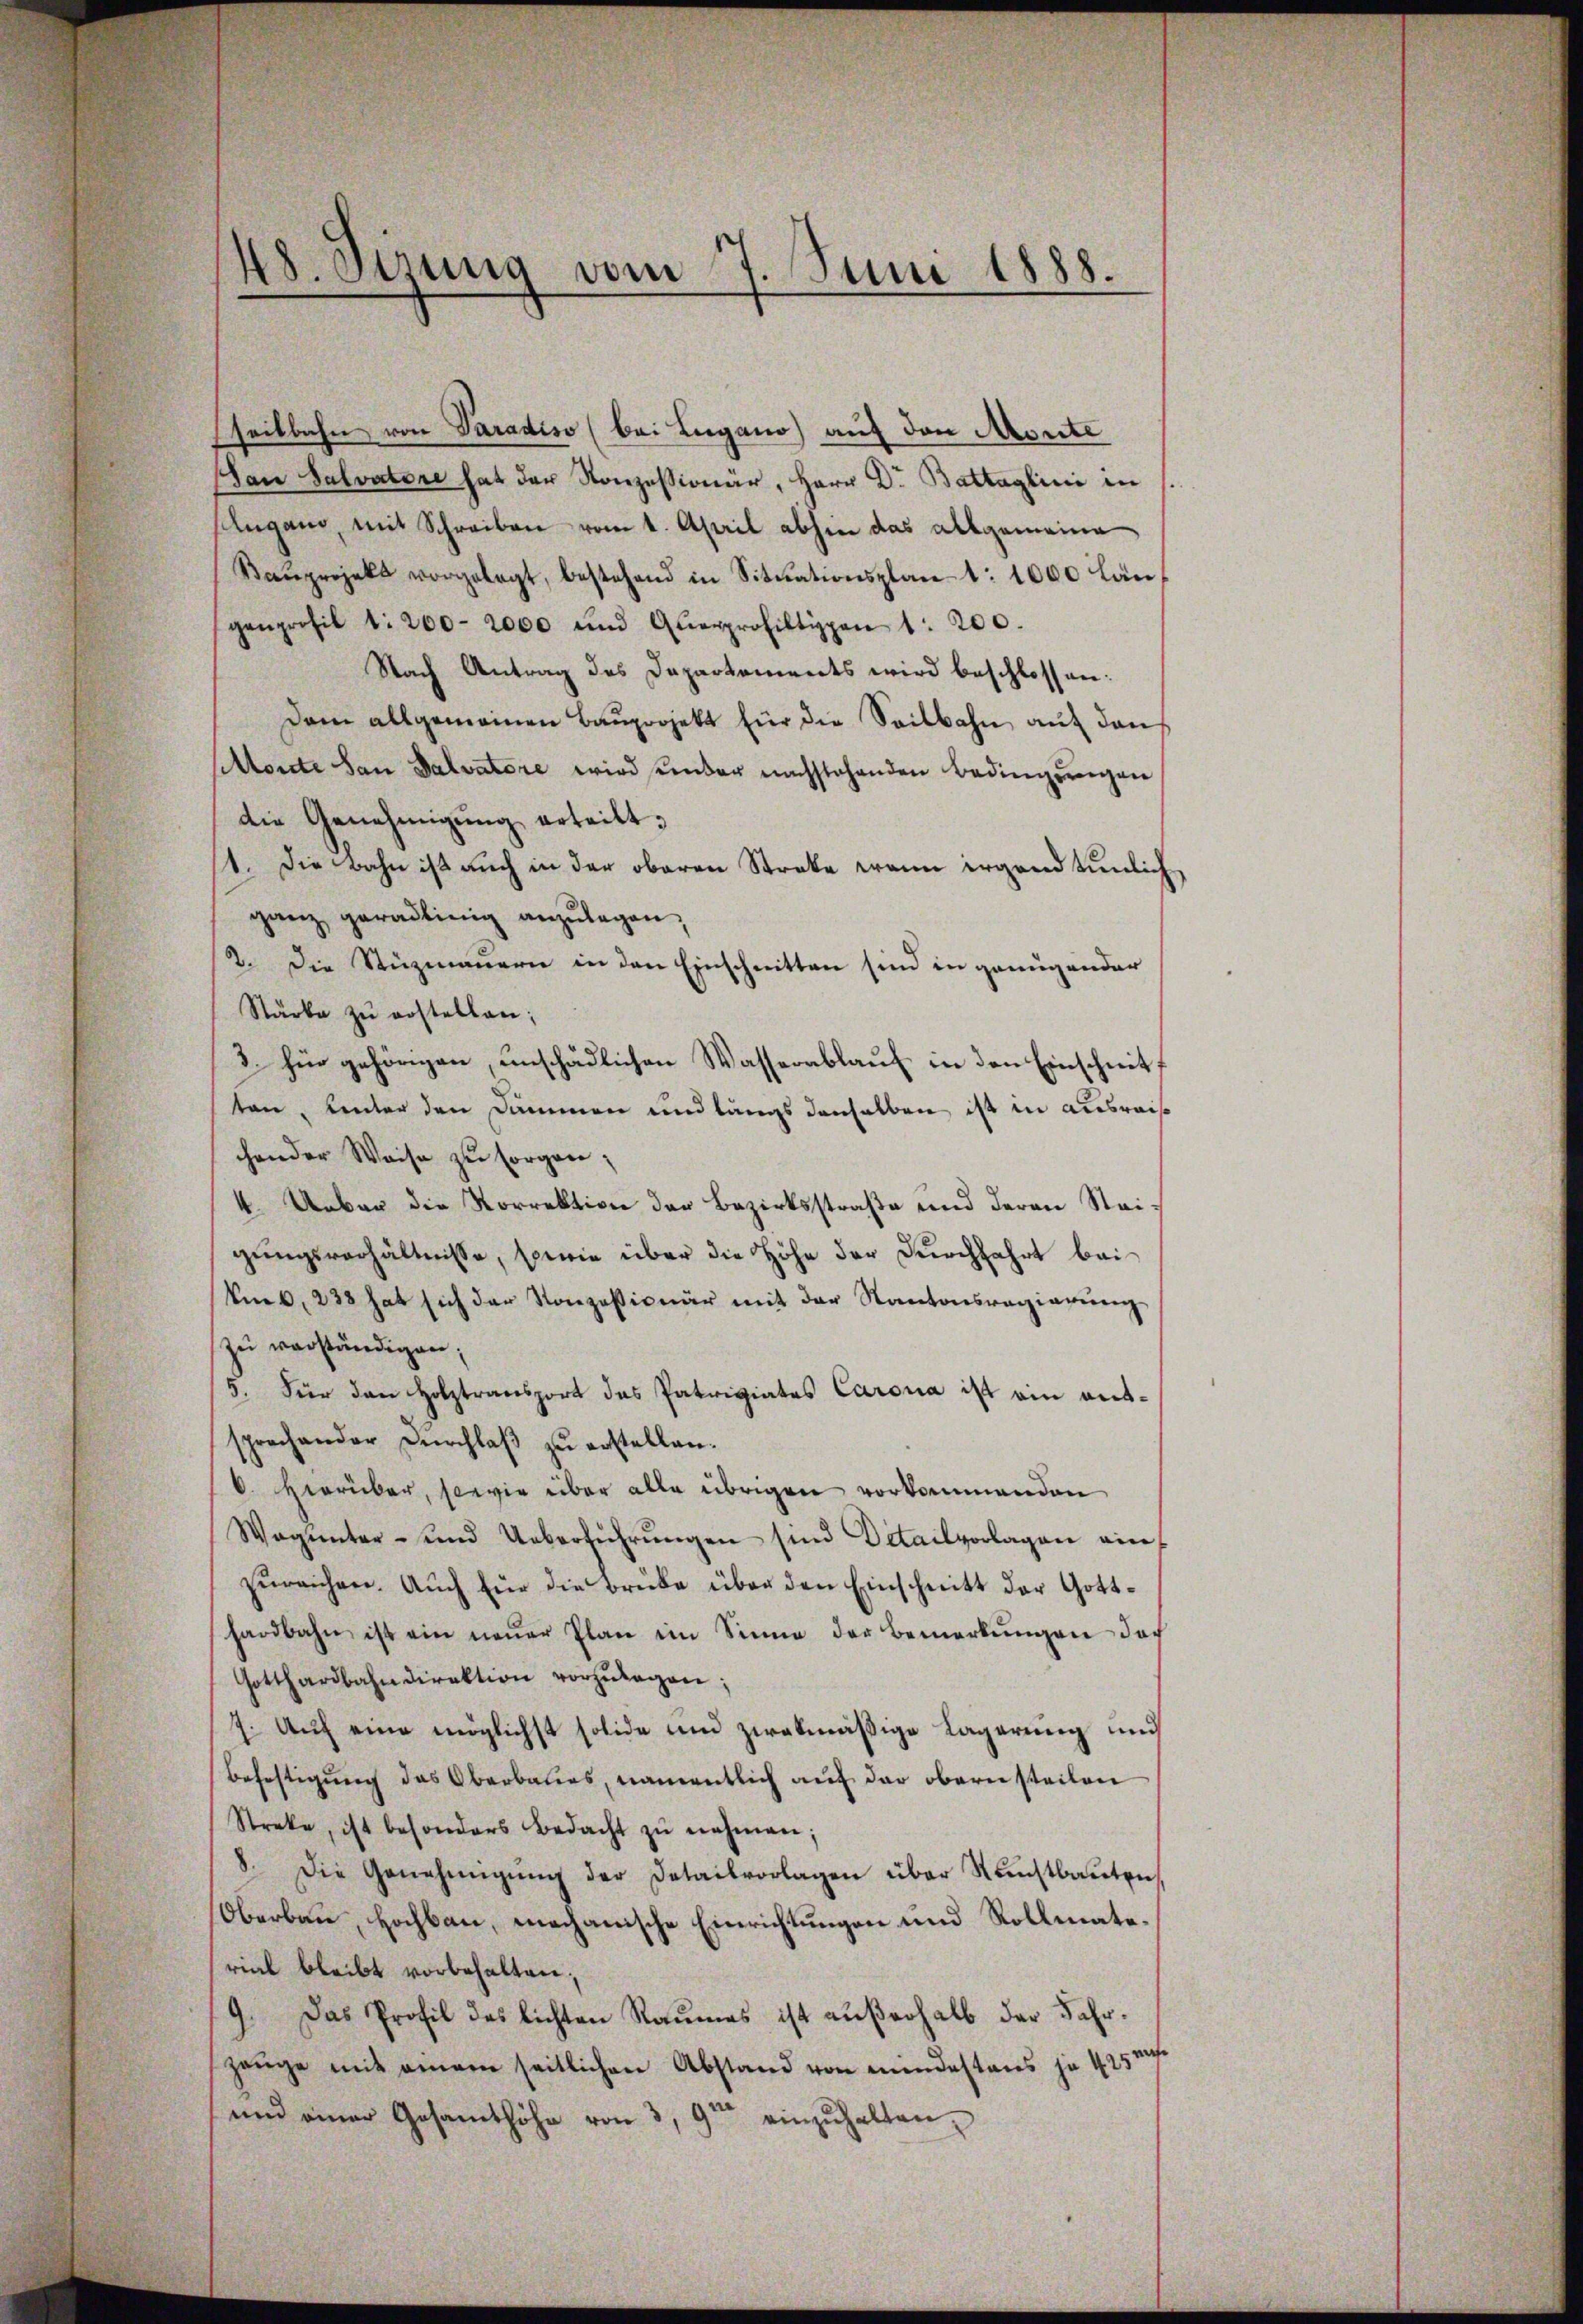
48. Sizung vom 7. Juni 1888.
d

seibbahre von Paradiso (bei Lugano auf den Morite
San Salvatore hat der Konzessionär, Herr Dr. Battaglini in
Augano, mit Schreiben vom 1. April abhin das allgemeine
Kaŭprojekt vorgelegt, bestehend in Situationsplant: 1000 Lan
genprofil 1. 200-2000 und Querprofiltippen 1. 200.
Nach Antrag des Departements wird beschlossen:
Dam allgemeinen Baŭprojekt für die Seitbahn auf den
Monte San Salvatore wird sender nachstehenden Bedingungen
die Genehmigŭng erteilt.
st. Die Bahn ist auch in der oberen Streke wann irgend tunlich
ganz geradlinig anzulegen,
2. Die Stuzmauern in den Einschnitten sind in genugander
Stärke zŭ erstellen;
3. für gehörigen, unschädlichen Wasserablauf in den Einschnitt
ten, unter den Dämmen und längs denselben ist in ausreischender Weise zu sorgen;
4. Ueber die Korrektion der Bezirksstraße und deren Steigungsverhältnisse, sowie über die Höhe der Durchfahrt bei
Am. 232 hat sich der Konzessionär mit der Kantonsregierŭng
zŭ verständigen;
5. Für den Holztransport des Patriziates Carona ist ein antsprechander Dŭrchlaβ zŭ erstellen.
. Hierüber, sowie über alle übrigen vorkommenden
Wagŭnter- und Ueberführŭngen sind Detailvorlagen ein
zŭreichen. Aŭch für die Brüke über den Einschnitt der Gotthardbahn ist ein neŭer Plan im Sinne der Bemerkŭngen doch
Gotthardbahndirektion vorzŭlagen;
7. Auf eine möglichst solide und zwekmäßige Lagerung und
befestigung des Oberbaues, namentlich auf der obern steilen
Streke, ist besonders Bedacht zŭ nehmen;
8. Die Genehmigŭng der Detailvorlagen über Kunstbauten
Oberbau, Hochbau, mechanische Einrichtungen und Rollmaterial bleibt vorbehalten;
9. Das Profil des lichten Raumes ist aŭβerhalb der Jahrzeuge mit einem seitlichen Abstand von mindestens ja 425 ge
und einer Gesamthöhe von 3, 9t einzuhalten.